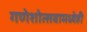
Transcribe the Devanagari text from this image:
गणेशोत्सवामध्येही